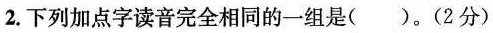
2.下列加点字读音完全相同的一组是( )。(2分)